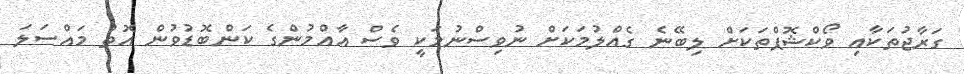
ގަރާޖުތަކާއި ވޯކްޝޮޕްތަކަށް ލިބޭނެ ގެއްލުމަކަށް ނުވިސްނުމަކީ ވެސް އާއްމުންގެ ކަންބޮޑުވުން އޮތް މައްސަލަ